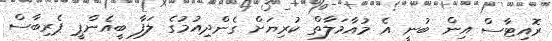
ރޮއިޓާސް އިން ބުނީ އެ މުއާމަލާތް ކުރިޔަށް ގެންދިއުމުގެ ލަފާ ބީއެންޕީ ޕެރިބާސް